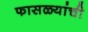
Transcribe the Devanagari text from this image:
फासळ्यांची